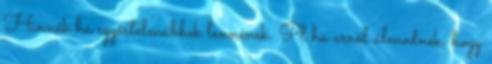
Hinnék ha egyértelműbbek lennének. Pl ha arról álmodnék, hogy